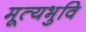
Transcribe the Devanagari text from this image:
मूत्यभुवि